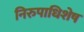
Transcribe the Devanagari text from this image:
निरुपाधिशेष